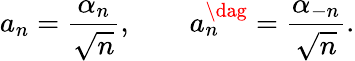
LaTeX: a_{n}=\frac{\alpha_{n}}{\sqrt{n}},\qquad a_{n}^{\dag}=\frac{\alpha_{-n}}{\sqrt{n}}.